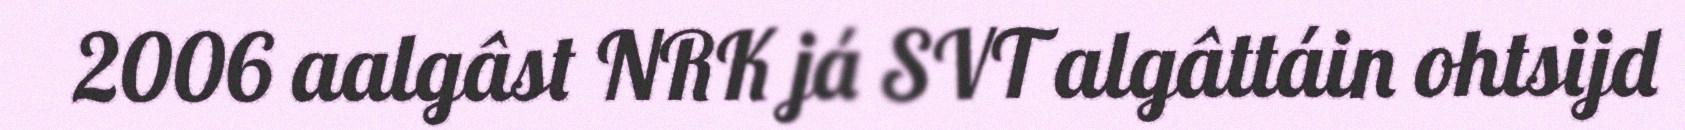
2006 aalgâst NRK já SVT algâttáin ohtsijd